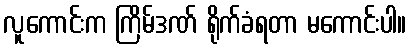
လူကောင်းက ကြိမ်ဒဏ် ရိုက်ခံရတာ မကောင်းပါ။